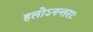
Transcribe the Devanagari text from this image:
हलोऽनन्तराः